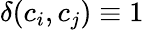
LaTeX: \delta(c_{i},c_{j})\equiv 1